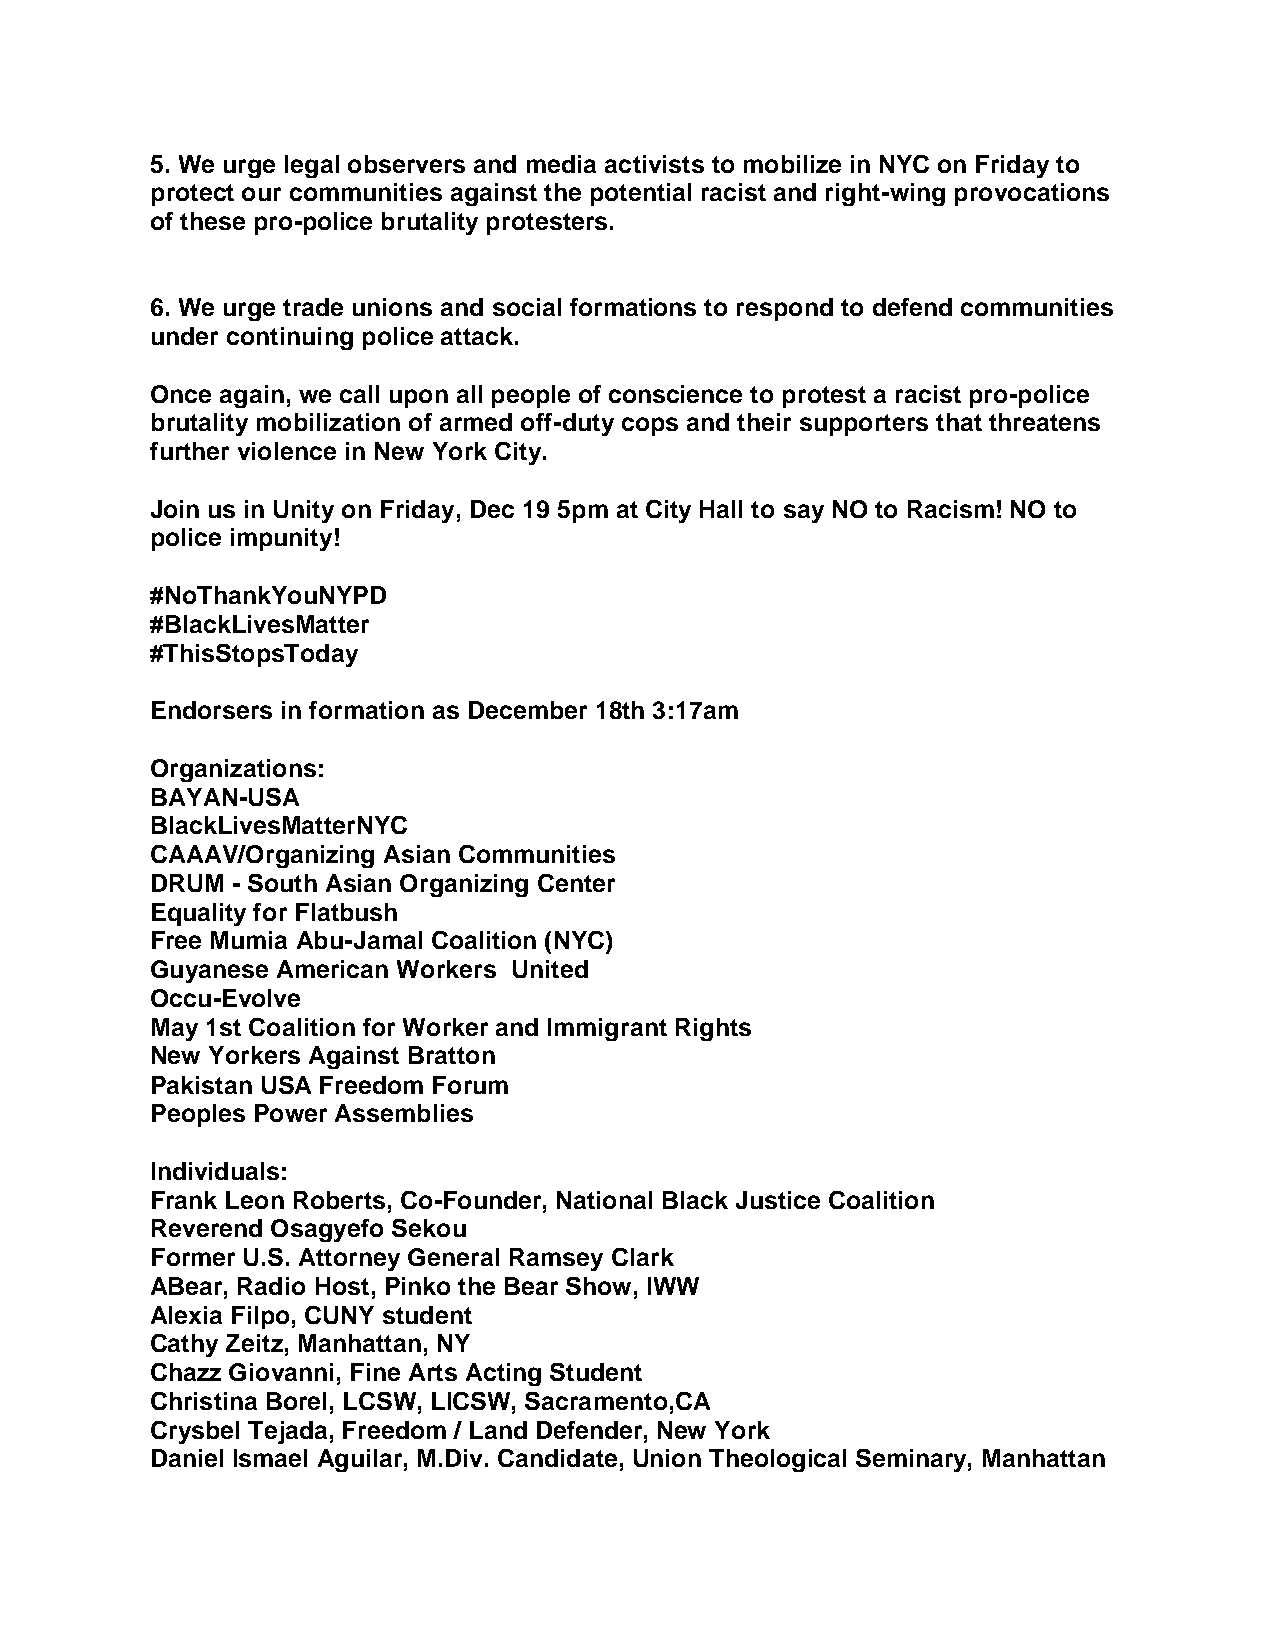
5. We urge legal observers and media activists to mobilize in NYC on Friday to
 protect our communities against the potential racist and right-wing provocations
 of these pro-police brutality protesters.
 6. We urge trade unions and social formations to respond to defend communities
 under continuing police attack.
 Once again, we call upon all people of conscience to protest a racist pro-police
 brutality mobilization of armed off-duty cops and their supporters that threatens
 further violence in New York City.
 Join us in Unity on Friday, Dec 19 5pm at City Hall to say NO to Racism! NO to
 police impunity!
 #NoThankYouNYPD
 #BlackLivesMatter
 #ThisStopsToday
 Endorsers in formation as December 18th 3:17am
 Organizations:
 BAYAN-USA
 BlackLivesMatterNYC
 CAAAV/Organizing Asian Communities
 DRUM - South Asian Organizing Center
 Equality for Flatbush
 Free Mumia Abu-Jamal Coalition (NYC)
 Guyanese American Workers United
 Occu-Evolve
 May 1st Coalition for Worker and Immigrant Rights
 New Yorkers Against Bratton
 Pakistan USA Freedom Forum
 Peoples Power Assemblies
 Individuals:
 Frank Leon Roberts, Co-Founder, National Black Justice Coalition
 Reverend Osagyefo Sekou
 Former U.S. Attorney General Ramsey Clark
 ABear, Radio Host, Pinko the Bear Show, IWW
 Alexia Filpo, CUNY student
 Cathy Zeitz, Manhattan, NY
 Chazz Giovanni, Fine Arts Acting Student
 Christina Borel, LCSW, LICSW, Sacramento,CA
 Crysbel Tejada, Freedom / Land Defender, New York
 Daniel Ismael Aguilar, M.Div. Candidate, Union Theological Seminary, Manhattan